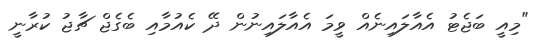
"މިއީ ބަޖެޓު އެއާލައިނެއް ވީމަ އެއާލައިނުން ދޭ ކެއުމާއި ބެގެޖް ޗާޖު ކުރާނީ